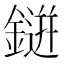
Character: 𮢭